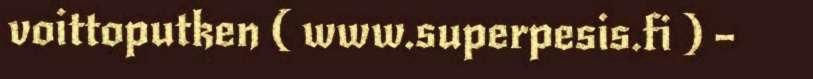
voittoputken ( www.superpesis.fi ) –